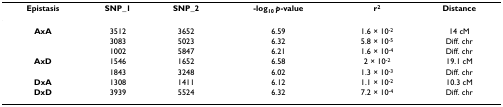
<table><thead><tr><td><b>Epistasis</b></td><td><b>SNP_1</b></td><td><b>SNP_2</b></td><td><b>-log<sub>10 </sub><i>p</i>-value</b></td><td><b>r<sup>2</sup></b></td><td><b>Distance</b></td></tr></thead><tbody><tr><td><b>AxA</b></td><td>3512</td><td>3652</td><td>6.59</td><td>1.6 × 10<sup>-2</sup></td><td>14 cM</td></tr><tr><td></td><td>3083</td><td>5023</td><td>6.32</td><td>5.8 × 10<sup>-5</sup></td><td>Diff. chr</td></tr><tr><td></td><td>1002</td><td>5847</td><td>6.21</td><td>1.6 × 10<sup>-4</sup></td><td>Diff. chr</td></tr><tr><td><b>AxD</b></td><td>1546</td><td>1652</td><td>6.58</td><td>2 × 10<sup>-2</sup></td><td>19.1 cM</td></tr><tr><td></td><td>1843</td><td>3248</td><td>6.02</td><td>1.3 × 10<sup>-3</sup></td><td>Diff. chr</td></tr><tr><td><b>DxA</b></td><td>1308</td><td>1411</td><td>6.12</td><td>1.1 × 10<sup>-2</sup></td><td>10.3 cM</td></tr><tr><td><b>DxD</b></td><td>3939</td><td>5524</td><td>6.32</td><td>7.2 × 10<sup>-4</sup></td><td>Diff. chr</td></tr></tbody></table>